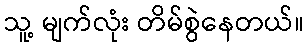
သူ့ မျက်လုံး တိမ်စွဲနေတယ်။